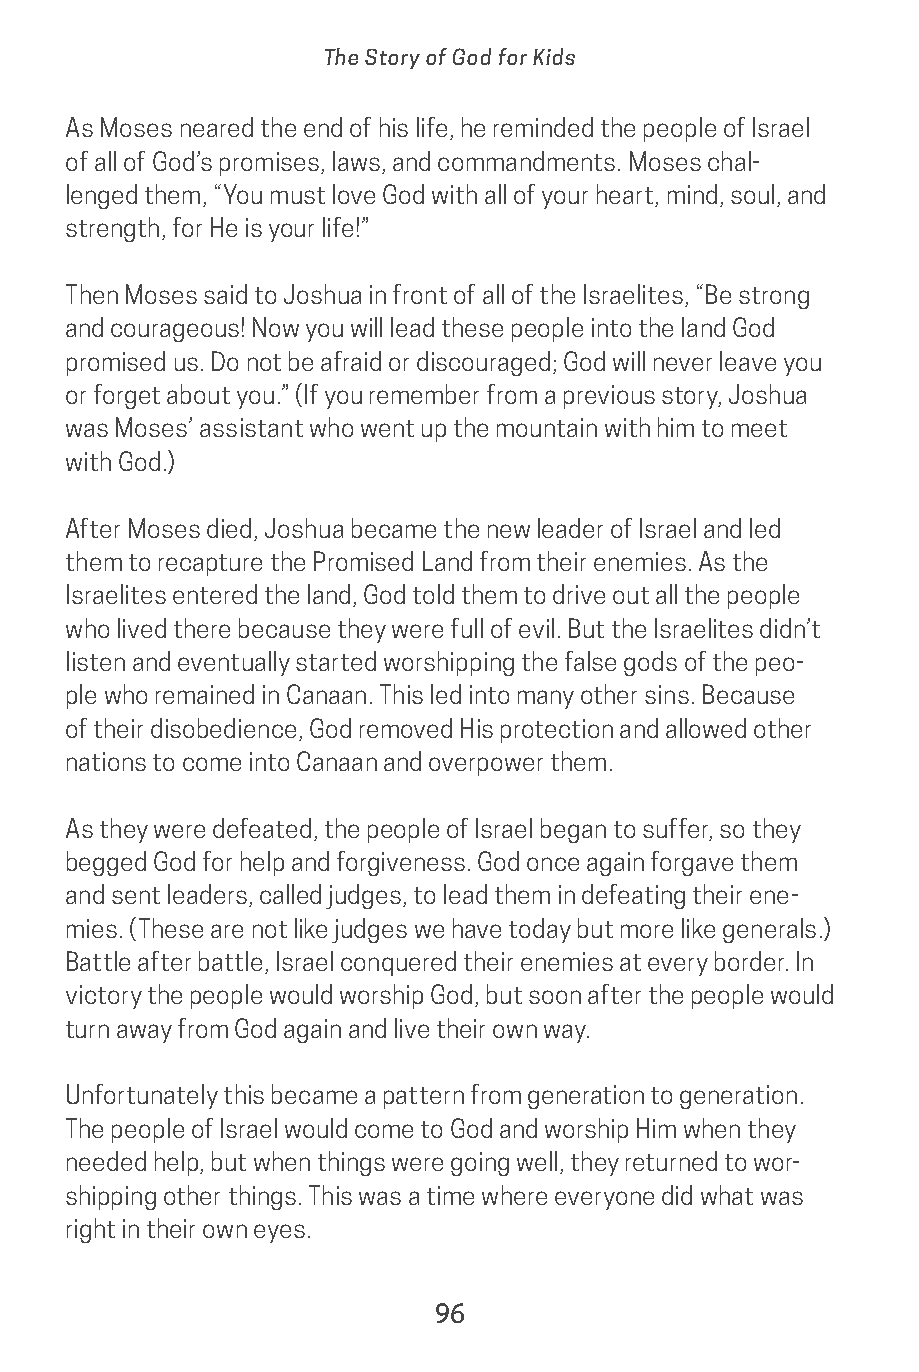
The Story of God for Kids
 As Moses neared the end of his life, he reminded the people of Israel
 of all of God’s promises, laws, and commandments. Moses chal-
 lenged them, “You must love God with all of your heart, mind, soul, and
 strength, for He is your life!”
 Then Moses said to Joshua in front of all of the Israelites, “Be strong
 and courageous! Now you will lead these people into the land God
 promised us. Do not be afraid or discouraged; God will never leave you
 or forget about you.” (If you remember from a previous story, Joshua
 was Moses’ assistant who went up the mountain with him to meet
 with God.)
 After Moses died, Joshua became the new leader of Israel and led
 them to recapture the Promised Land from their enemies. As the
 Israelites entered the land, God told them to drive out all the people
 who lived there because they were full of evil. But the Israelites didn’t
 listen and eventually started worshipping the false gods of the peo-
 ple who remained in Canaan. This led into many other sins. Because
 of their disobedience, God removed His protection and allowed other
 nations to come into Canaan and overpower them.
 As they were defeated, the people of Israel began to suffer, so they
 begged God for help and forgiveness. God once again forgave them
 and sent leaders, called judges, to lead them in defeating their ene-
 mies. (These are not like judges we have today but more like generals.)
 Battle after battle, Israel conquered their enemies at every border. In
 victory the people would worship God, but soon after the people would
 turn away from God again and live their own way.
 Unfortunately this became a pattern from generation to generation.
 The people of Israel would come to God and worship Him when they
 needed help, but when things were going well, they returned to wor-
 shipping other things. This was a time where everyone did what was
 right in their own eyes.
 96
 saturate-story_of_god_kids-2.indd 96              8/10/17 10:11 PM